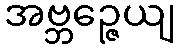
အဗ္ဘဉ္ဇေယျ